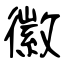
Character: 徽